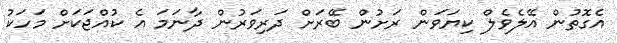
އެގޮތުން އޭލެވެލް ކިޔަވަން ރަށުން ބޭރަށް ދަރިވަރުން ދާނަމަ އެ ކުއްޖަކަށް މަހަކު